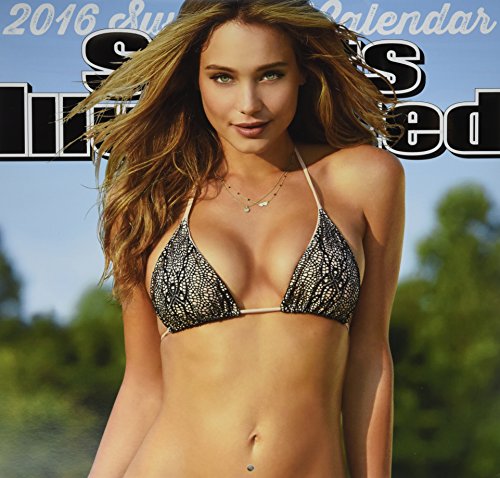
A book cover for Sports Illustrated Swimsuit 2016 Wall Calendar; Trends International; Calendars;